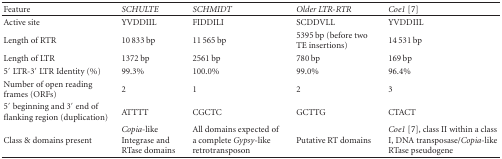
| Feature | SCHULTE | SCHMIDT | Older LTR-RTR | Coe1 [7] |
 | --- | --- | --- | --- | --- |
 | Active site | YVDDIIL | FIDDILI | SCDDVLL | YVDDIIL |
 | Length of RTR | 10 833 bp | 11 565 bp | 5395 bp (before two TE insertions) | 14 531 bp |
 | Length of LTR | 1372 bp | 2561 bp | 780 bp | 169 bp |
 | 5′ LTR-3′ LTRIdentity (%) | 99.3% | 100.0% | 99.0% | 96.4% |
 | Number of openreading frames (ORFs) | 2 | 1 | 2 | 3 |
 | 5′ beginning and 3′end of flanking region (duplication) | ATTTT | CGCTC | GCTTG | CTACT |
 | Class & domains present | Copia-likeIntegrase and RTase domains | All domains expected of a complete Gypsy-like retrotransposon | Putative RT domains | Coe1 [7], class II within a class I, DNAtransposase/Copia-like RTase pseudogene |